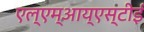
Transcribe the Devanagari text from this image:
एल्‌एम्‌आय्‌एस्‌टीई